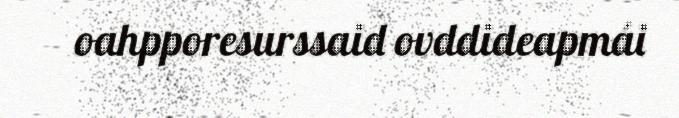
oahpporesurssaid ovddideapmái